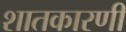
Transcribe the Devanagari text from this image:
शातकारणी